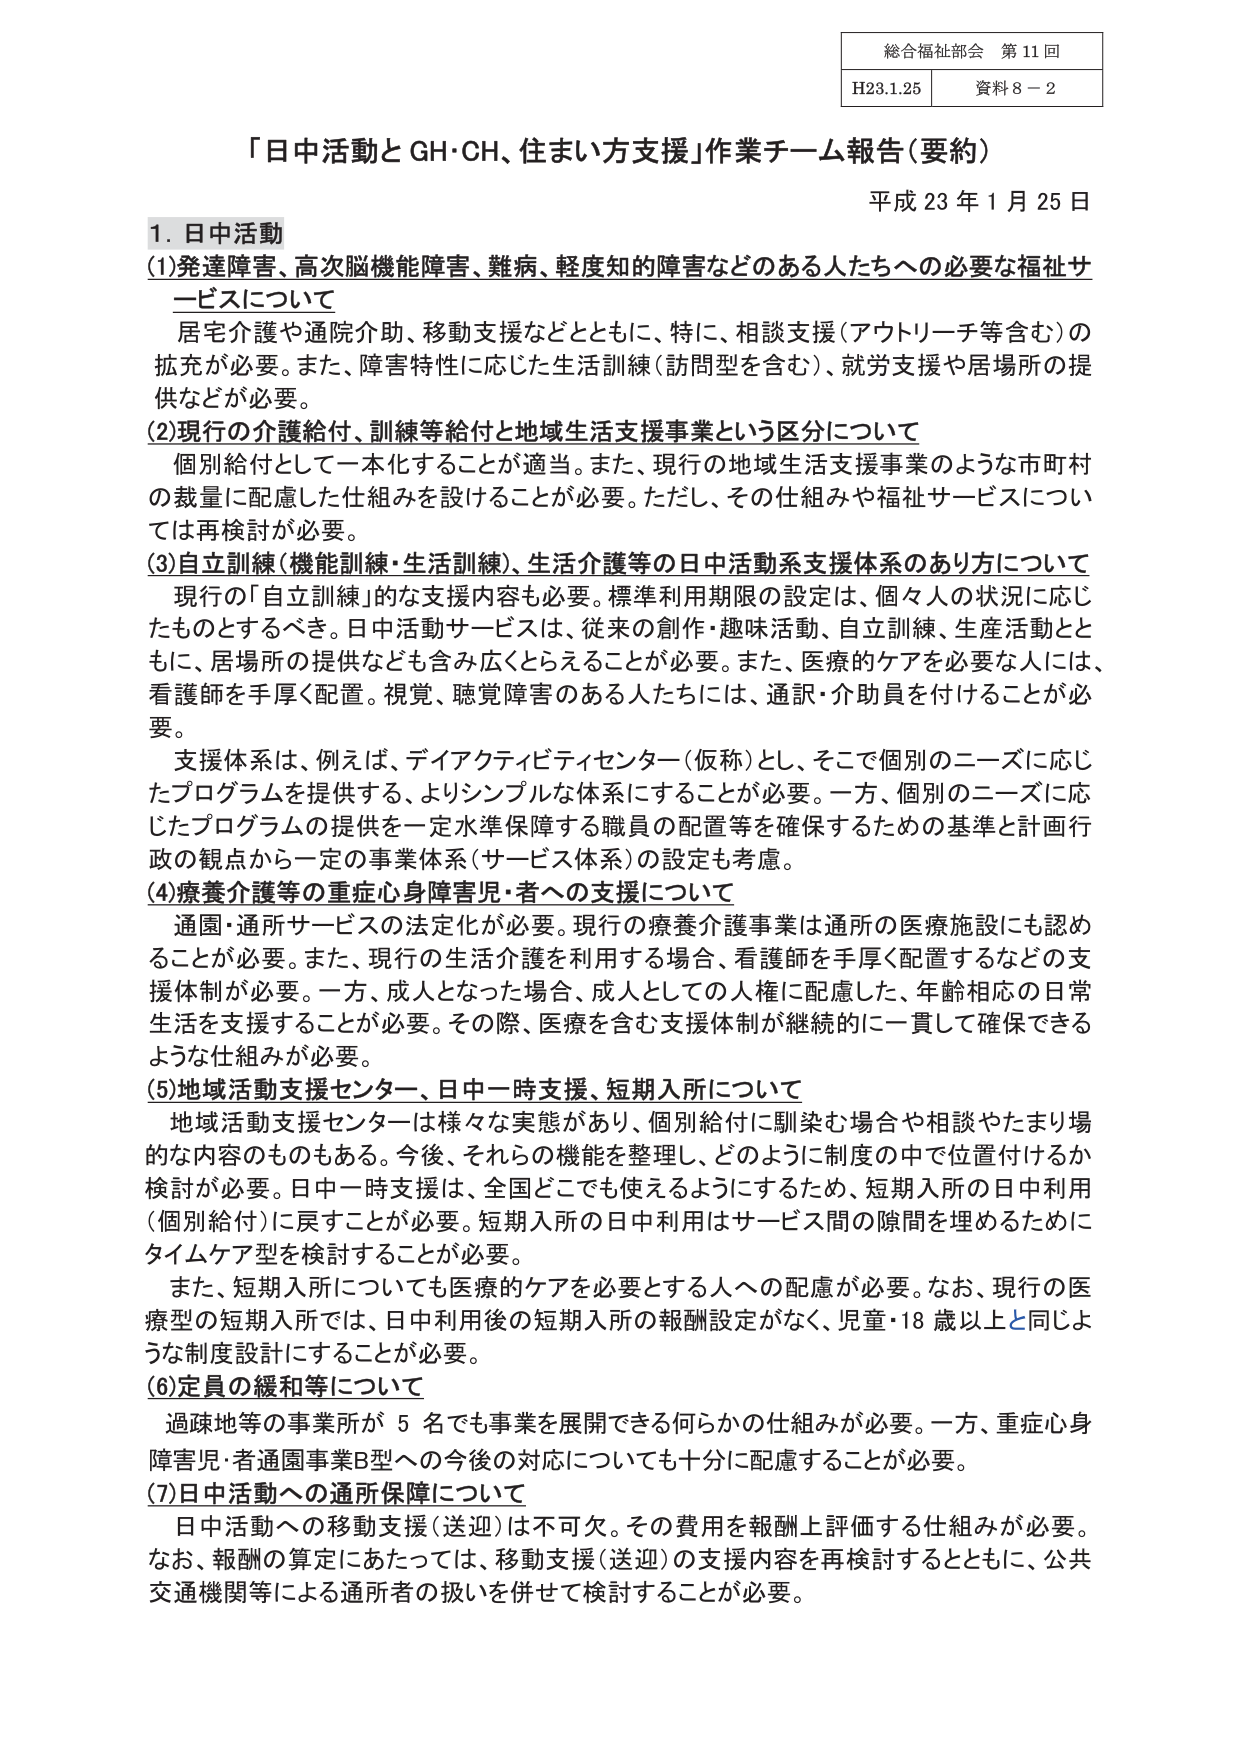
総合福祉部会 第11回
H23.1.25 資料8－2

「日中活動とGH・CH、住まい方支援」作業チーム報告（要約）
平成23年1月25日

1. 日中活動
(1) 発達障害、高次脳機能障害、難病、軽度知的障害などのある人たちへの必要な福祉サービスについて
　居宅介護や通院介助、移動支援などとともに、特に、相談支援（アウトリーチ等含む）の拡充が必要。また、障害特性に応じた生活訓練（訪問型を含む）、就労支援や居場所の提供などが必要。

(2) 現行の介護給付、訓練等給付と地域生活支援事業という区分について
　個別給付として一本化することが適当。また、現行の地域生活支援事業のような市町村の裁量に配慮した仕組みを設けることが必要。ただし、その仕組みや福祉サービスについては再検討が必要。

(3) 自立訓練（機能訓練・生活訓練）、生活介護等の日中活動系支援体系のあり方について
　現行の「自立訓練」的な支援内容も必要。標準利用期限の設定は、個々人の状況に応じたものとするべき。日中活動サービスは、従来の創作・趣味活動、自立訓練、生産活動とともに、居場所の提供なども含み広くとらえることが必要。また、医療的ケアを必要な人には、看護師を手厚く配置。視覚、聴覚障害のある人たちには、通訳・介助員を付けることが必要。
　支援体系は、例えば、デイアクティビティセンター（仮称）とし、そこで個別のニーズに応じたプログラムを提供する、よりシンプルな体系にすることが必要。一方、個別のニーズに応じたプログラムの提供を一定水準保障する職員の配置等を確保するための基準と計画行政の観点から一定の事業体系（サービス体系）の設定も考慮。

(4) 療養介護等の重症心身障害児・者への支援について
　通園・通所サービスの法定化が必要。現行の療養介護事業は通所の医療施設にも認めることが必要。また、現行の生活介護を利用する場合、看護師を手厚く配置するなどの支援体制が必要。一方、成人となった場合、成人としての人権に配慮した、年齢相応の日常生活を支援することが必要。その際、医療を含む支援体制が継続的に一貫して確保できるような仕組みが必要。

(5) 地域活動支援センター、日中一時支援、短期入所について
　地域活動支援センターは様々な実態があり、個別給付に馴染む場合や相談やたまり場的な内容のものもある。今後、それらの機能を整理し、どのように制度の中で位置付けるか検討が必要。日中一時支援は、全国どこでも使えるようにするため、短期入所の日中利用（個別給付）に戻すことが必要。短期入所の日中利用はサービス間の隙間を埋めるためにタイムケア型を検討することが必要。
　また、短期入所についても医療的ケアを必要とする人への配慮が必要。なお、現行の医療型の短期入所では、日中利用後の短期入所の報酬設定がなく、児童・18歳以上と同じような制度設計にすることが必要。

(6) 定員の緩和等について
　過疎地等の事業所が5名でも事業を展開できる何らかの仕組みが必要。一方、重症心身障害児・者通園事業B型への今後の対応についても十分に配慮することが必要。

(7) 日中活動への通所保障について
　日中活動への移動支援（送迎）は不可欠。その費用を報酬上評価する仕組みが必要。なお、報酬の算定にあたっては、移動支援（送迎）の支援内容を再検討するとともに、公共交通機関等による通所者の扱いを併せて検討することが必要。